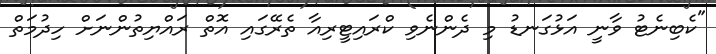
"ކެބިނެޓު ވާނީ އަޅުގަނޑު މި ދެންނެވި ކްރައިޓީރިއާ ތެރޭގައި އޮތް ރައްޔިތުންނަށް ހިދުމަތް